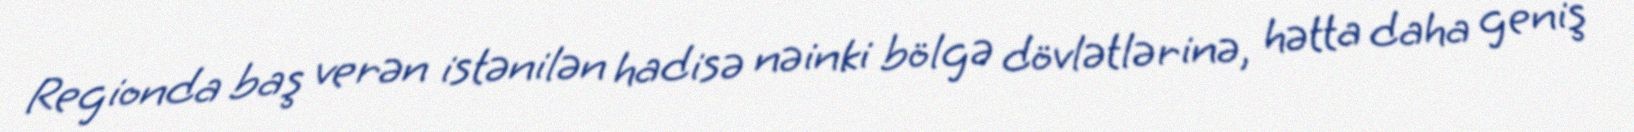
Regionda baş verən istənilən hadisə nəinki bölgə dövlətlərinə, hətta daha geniş